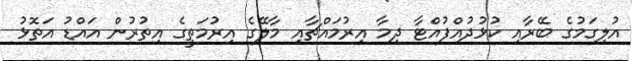
އުލިގަމުގެ ބޭރާއި ކުޅުދުއްފުއްޓާ ދިމާ އިރުމައްޗާއި މާލޭގެ އިރުމަތީގެ އިތުރުން އައްޑު އަތޮޅު